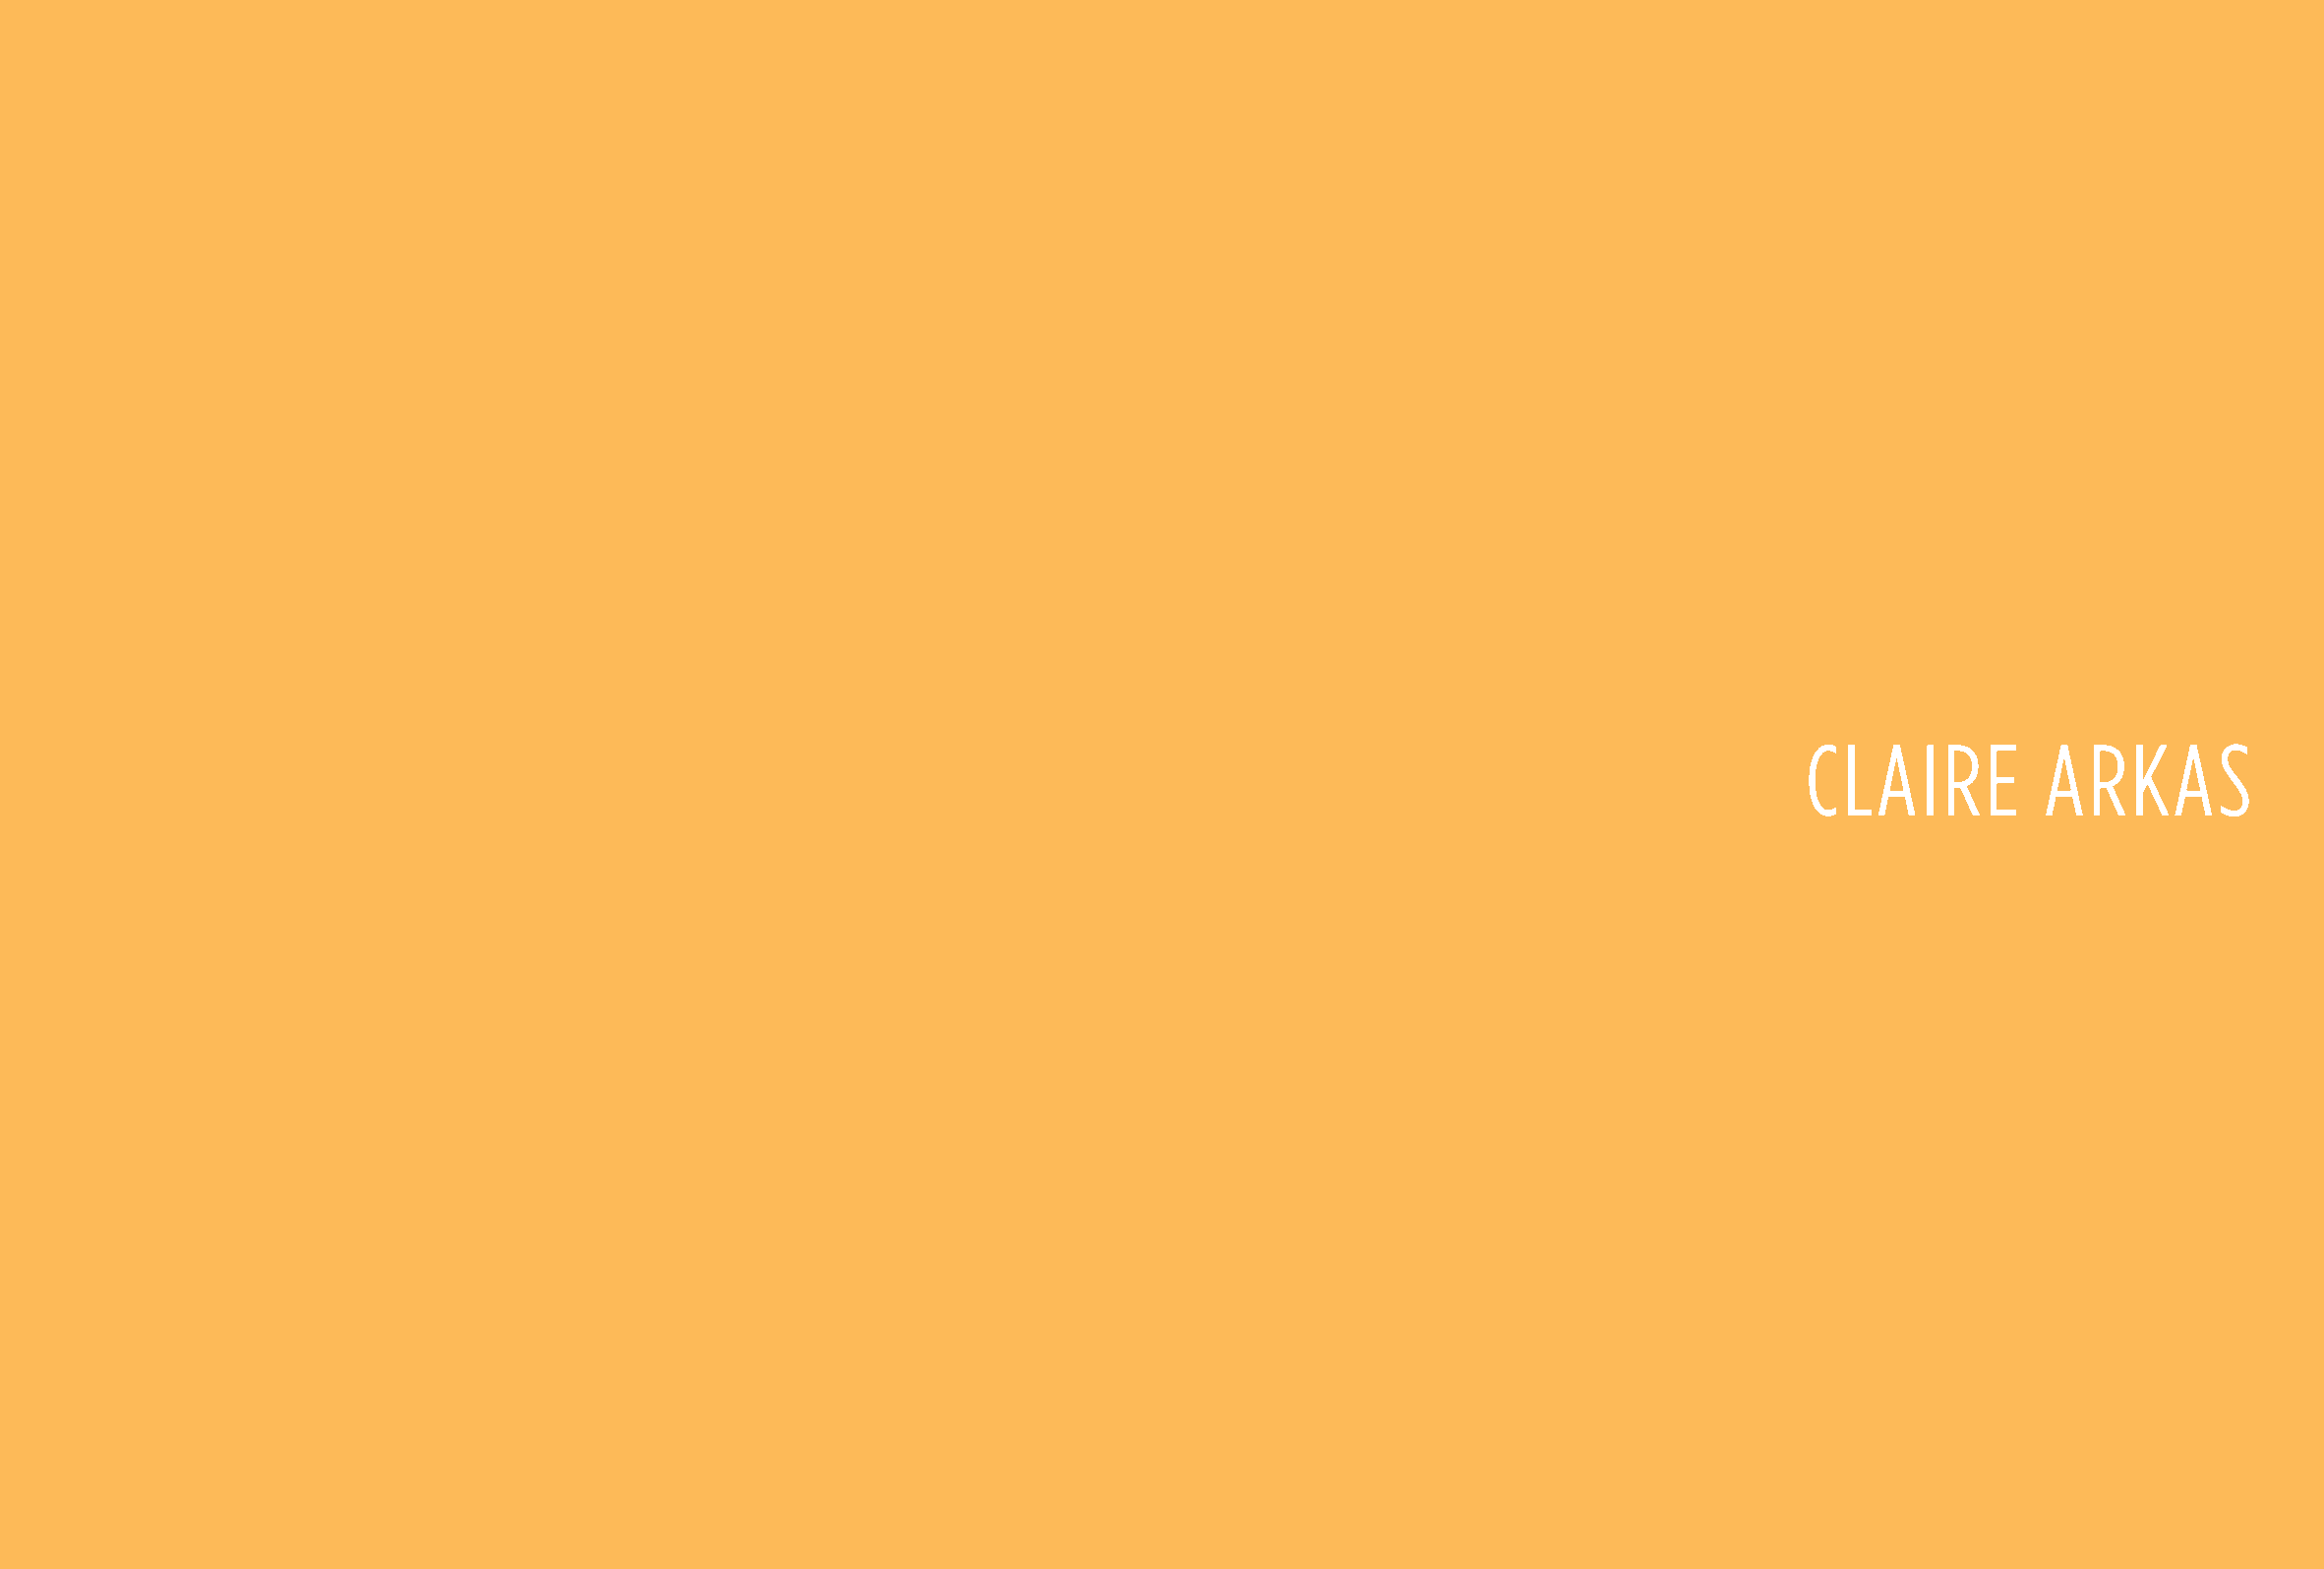
2 CLAIRE ARKAS                                                                                                                         CLAIRE ARKAS 3
 CLAIRE          ARKAS